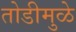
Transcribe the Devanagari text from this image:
तोडीमुळे